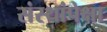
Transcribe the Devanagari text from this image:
संस्थांपेक्षा